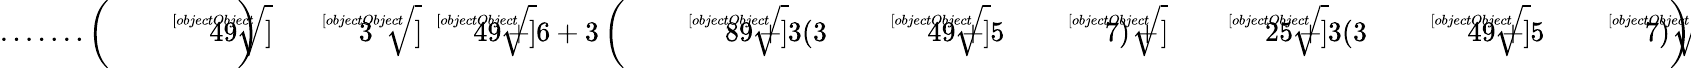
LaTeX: {\mathrm{.......}}\left({\sqrt[[objectObject]]{49}}\right){\sqrt[[objectObject]]{3{\sqrt[[objectObject]]{49}}+6+3\left({\sqrt[[objectObject]]{89+3(3{\sqrt[[objectObject]]{49}}+5{\sqrt[[objectObject]]{7}})}}+{\sqrt[[objectObject]]{25+3(3{\sqrt[[objectObject]]{49}}+5{\sqrt[[objectObject]]{7}})}}\right)}}